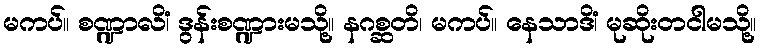
မကပ်။ စဏ္ဍာလိံ၊ ဒွန်းစဏ္ဍားမသို့။ နဂစ္ဆတိ၊ မကပ်။ နေသာဒိံ၊ မုဆိုးတငါမသို့။